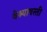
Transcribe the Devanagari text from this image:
वेश्यावस्ती